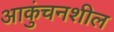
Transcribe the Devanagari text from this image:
आकुंचनशील